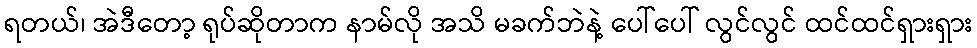
ရတယ်၊ အဲဒီတော့ ရုပ်ဆိုတာက နာမ်လို အသိ မခက်ဘဲနဲ့ ပေါ်ပေါ် လွင်လွင် ထင်ထင်ရှားရှား